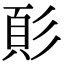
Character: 𩑘